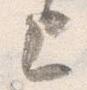
上